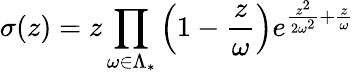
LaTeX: \sigma(z)=z\prod_{\omega\in\Lambda_{*}}\left(1-{\frac{z}{\omega}}\right)e^{{\frac{z^{2}}{2\omega^{2}}}+{\frac{z}{\omega}}}